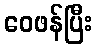
ဝေဖန်ပြီး